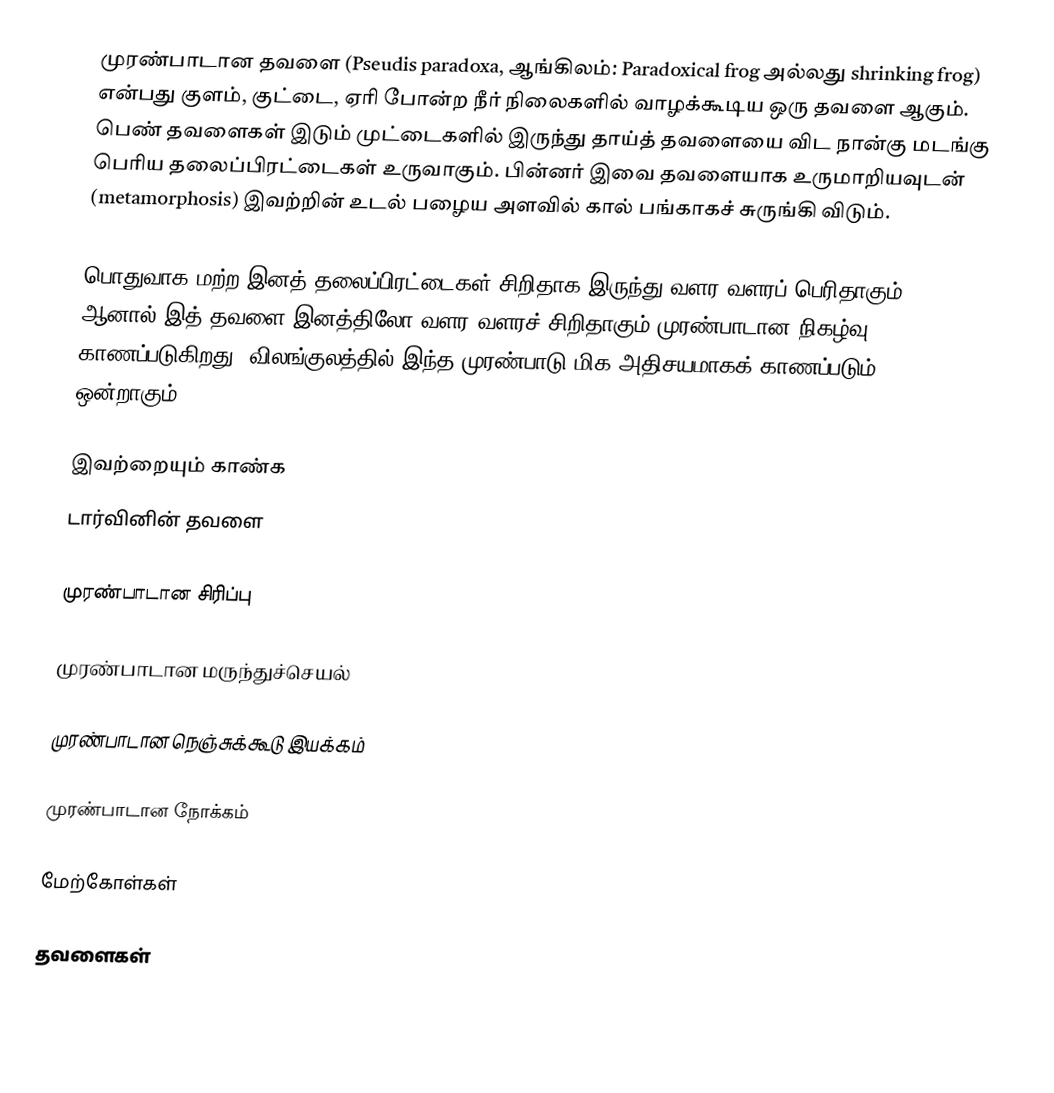
முரண்பாடான தவளை (Pseudis paradoxa, ஆங்கிலம்: Paradoxical frog அல்லது shrinking frog) என்பது குளம், குட்டை, ஏரி போன்ற நீர் நிலைகளில் வாழக்கூடிய ஒரு தவளை ஆகும். பெண் தவளைகள் இடும் முட்டைகளில் இருந்து தாய்த் தவளையை விட நான்கு மடங்கு பெரிய தலைப்பிரட்டைகள் உருவாகும். பின்னர் இவை தவளையாக உருமாறியவுடன் (metamorphosis) இவற்றின் உடல் பழைய அளவில் கால் பங்காகச் சுருங்கி விடும்.

பொதுவாக மற்ற இனத் தலைப்பிரட்டைகள் சிறிதாக இருந்து வளர வளரப் பெரிதாகும். ஆனால் இத் தவளை இனத்திலோ வளர வளரச் சிறிதாகும் முரண்பாடான நிகழ்வு காணப்படுகிறது. விலங்குலத்தில் இந்த முரண்பாடு மிக அதிசயமாகக் காணப்படும் ஒன்றாகும்.

இவற்றையும் காண்க
டார்வினின் தவளை

 முரண்பாடான சிரிப்பு

 முரண்பாடான மருந்துச்செயல்

 முரண்பாடான நெஞ்சுக்கூடு இயக்கம்

 முரண்பாடான நோக்கம்

மேற்கோள்கள்

தவளைகள்